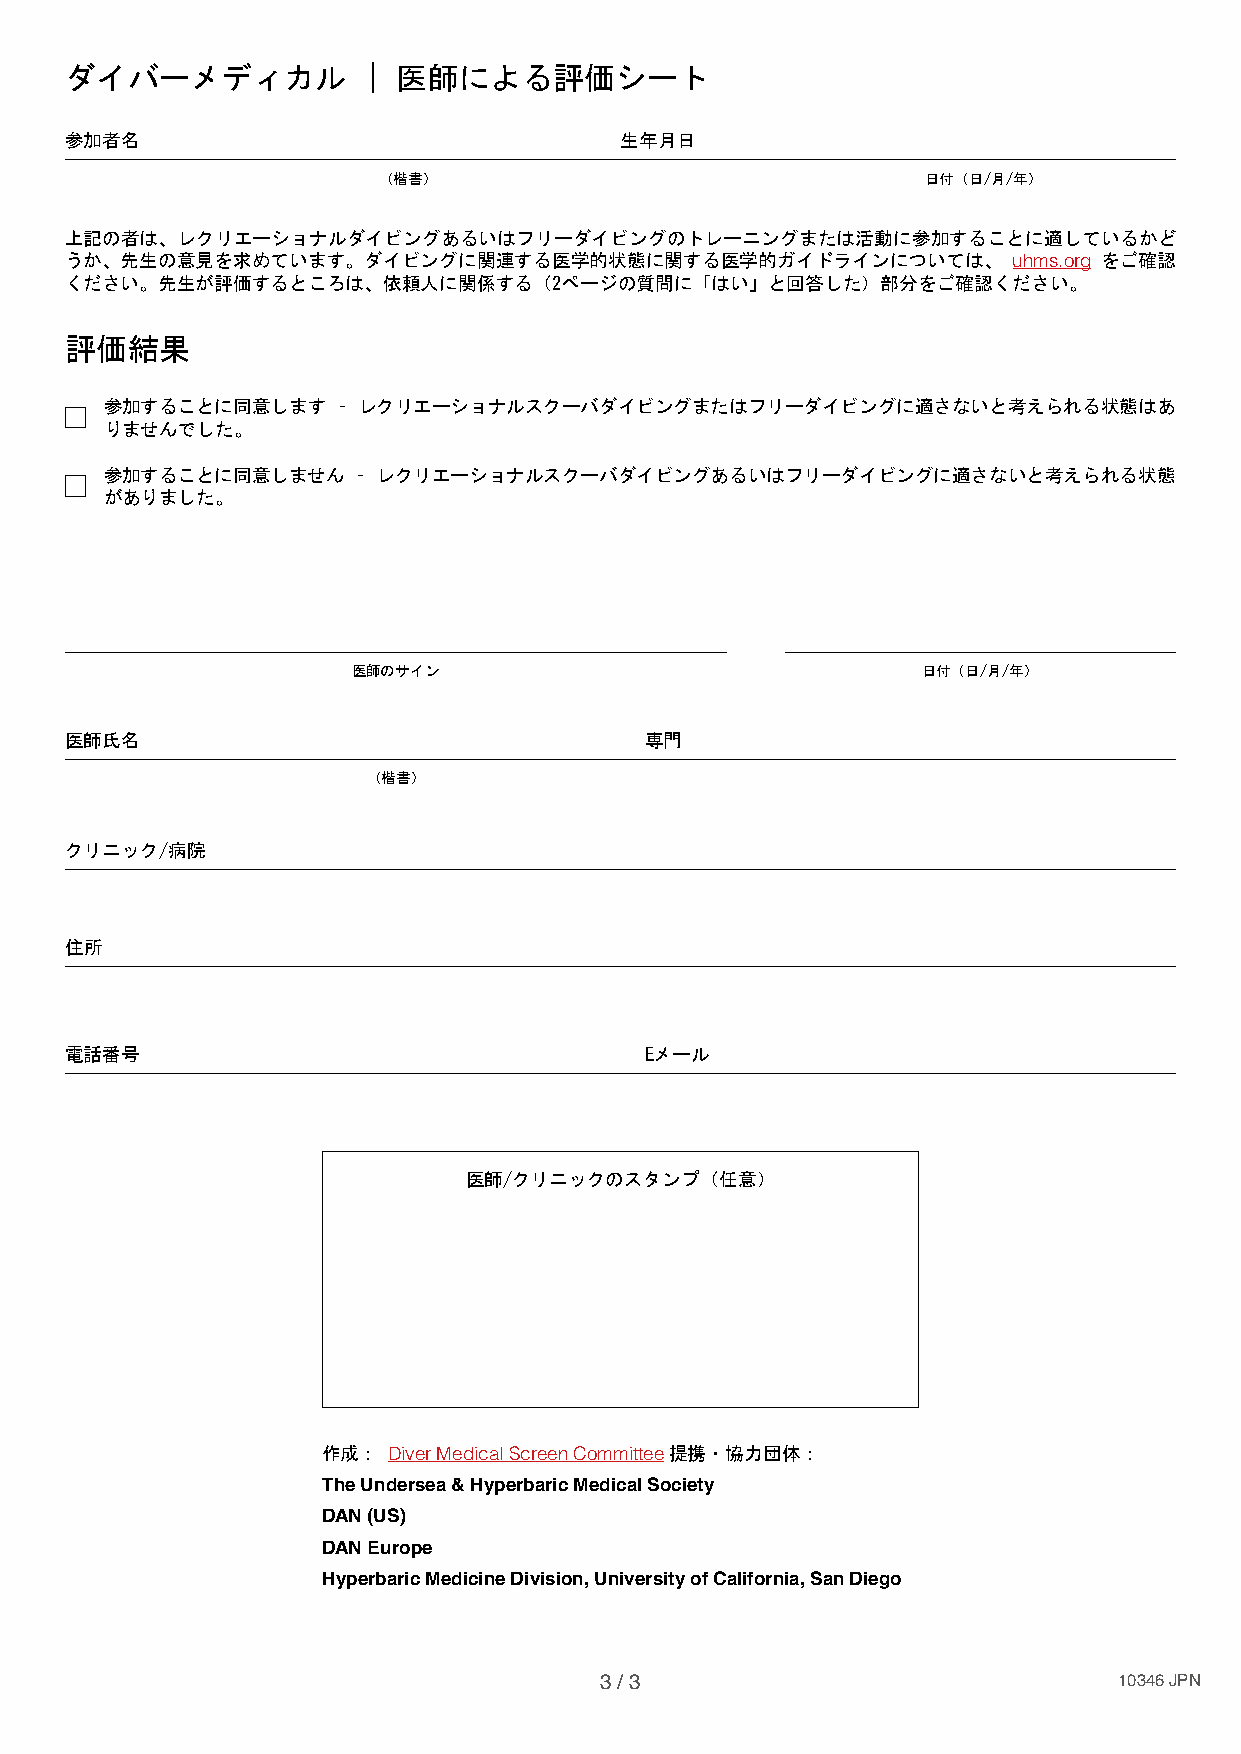
ダイバーメディカル           | 医師による評価シート
 参加者名                                 生年月日
 （楷書）                                日付（日/月/年）
 上記の者は、レクリエーショナルダイビングあるいはフリーダイビングのトレーニングまたは活動に参加することに適しているかど
 うか、先生の意見を求めています。ダイビングに関連する医学的状態に関する医学的ガイドラインについては、             uhms.org をご確認
 ください。先生が評価するところは、依頼人に関係する（2ページの質問に「はい」と回答した）部分をご確認ください。
 評価結果
 参加することに同意します   – レクリエーショナルスクーバダイビングまたはフリーダイビングに適さないと考えられる状態はあ
 りませんでした。
 参加することに同意しません    – レクリエーショナルスクーバダイビングあるいはフリーダイビングに適さないと考えられる状態
 がありました。
 医師のサイン                                日付（日/月/年）
 医師氏名                                   専門
 （楷書）
 クリニック/病院
 住所
 電話番号                                   Eメール
 医師/クリニックのスタンプ（任意）
 作成：  Diver Medical Screen Committee 提携・協力団体：
 The Undersea & Hyperbaric Medical Society
 DAN (US)
 DAN Europe
 Hyperbaric Medicine Division, University of California, San Diego
 3 / 3                             10346 JPN